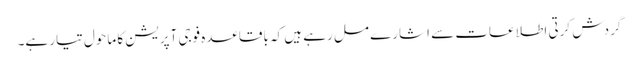
گردش کرتی اطلاعات سے اشارے مل رہے ہیں کہ باقاعدہ فوجی آپریشن کا ماحول تیار ہے۔